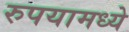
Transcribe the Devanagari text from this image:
रुपयामध्ये